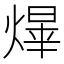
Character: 𤌰